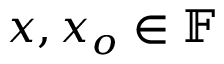
x , x _ { o } \in \mathbb { F }